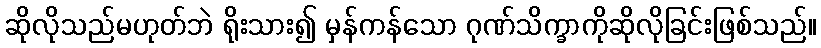
ဆိုလိုသည်မဟုတ်ဘဲ ရိုးသား၍ မှန်ကန်သော ဂုဏ်သိက္ခာကိုဆိုလိုခြင်းဖြစ်သည်။